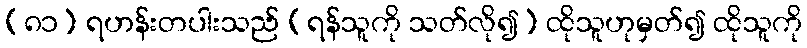
(၈၁) ရဟန်းတပါးသည် (ရန်သူကို သတ်လို၍) ထိုသူဟုမှတ်၍ ထိုသူကို